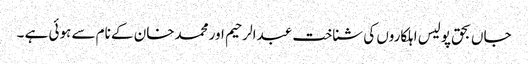
جاں بحق پولیس اہلکاروں کی شناخت عبدالرحیم اور محمدخان کے نام سے ہوئی ہے ۔